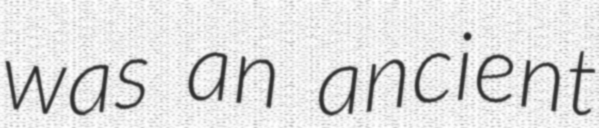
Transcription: was an ancient